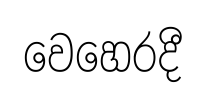
වෙහෙරදී